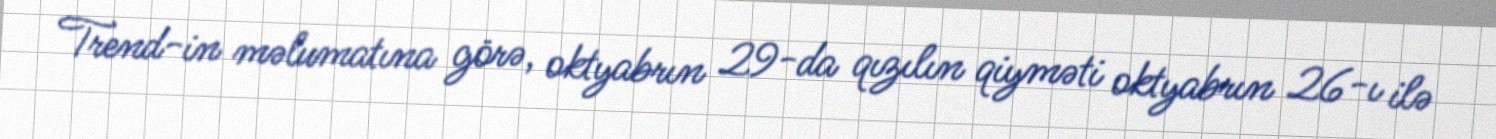
Trend-in məlumatına görə, oktyabrın 29-da qızılın qiyməti oktyabrın 26-ı ilə